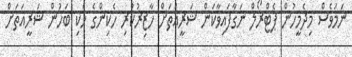
ނަމަވެސް މިދެމީހުން ޕެޓްރޯލް ނަގާފައިވާކަން ޝަރީއަތަށް ހާޒިރުކުރި ހެކިންގެ ހެކި ބަހުން ޝަރީއަތަށް